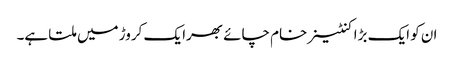
ان کو ایک بڑا کنٹینر خام چائے بھرا یک کروڑ میں ملتا ہے۔